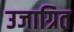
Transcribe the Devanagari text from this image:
उजाग्रित